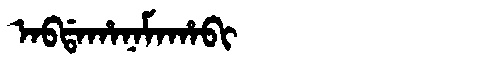
Manchu: ᠠᠪᡩᠠᡥᠠᠨᠠᠮᠠᡥᠠᠪᡳ
Romanization: ABDAHANAMAHABI